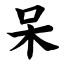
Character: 呆